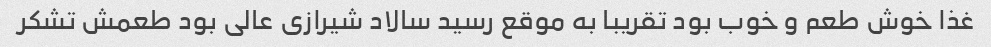
غذا خوش طعم و خوب بود تقریبا به موقع رسید سالاد شیرازی عالی بود طعمش تشکر